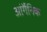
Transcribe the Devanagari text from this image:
आंर्गैनिक